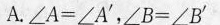
A. $$\angle A = \angle A^{'}$$,